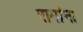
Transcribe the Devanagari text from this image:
रामांना